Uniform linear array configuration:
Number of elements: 48
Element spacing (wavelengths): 0.75
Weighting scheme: kaiser
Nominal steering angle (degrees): -60
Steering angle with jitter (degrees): -61.918
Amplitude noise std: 0.05
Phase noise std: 0.05

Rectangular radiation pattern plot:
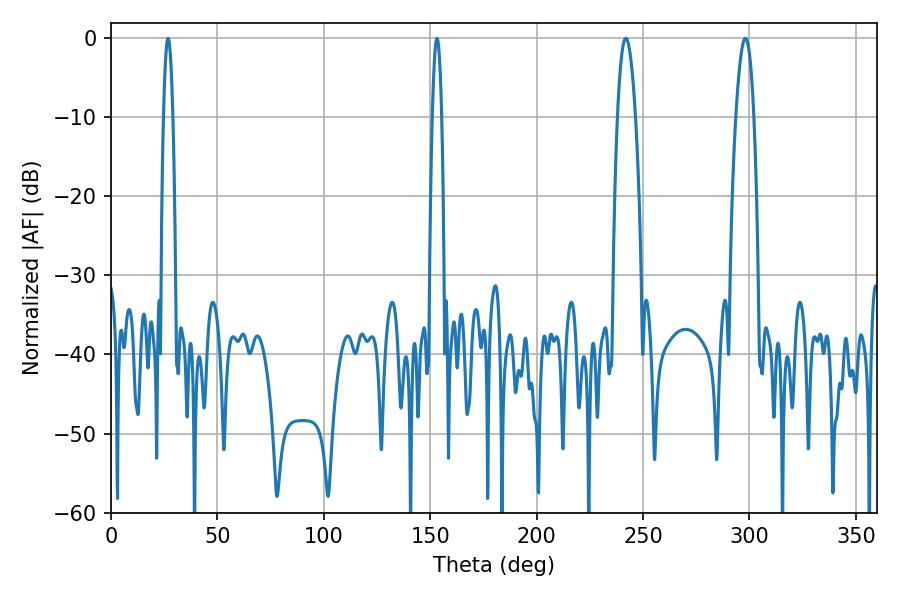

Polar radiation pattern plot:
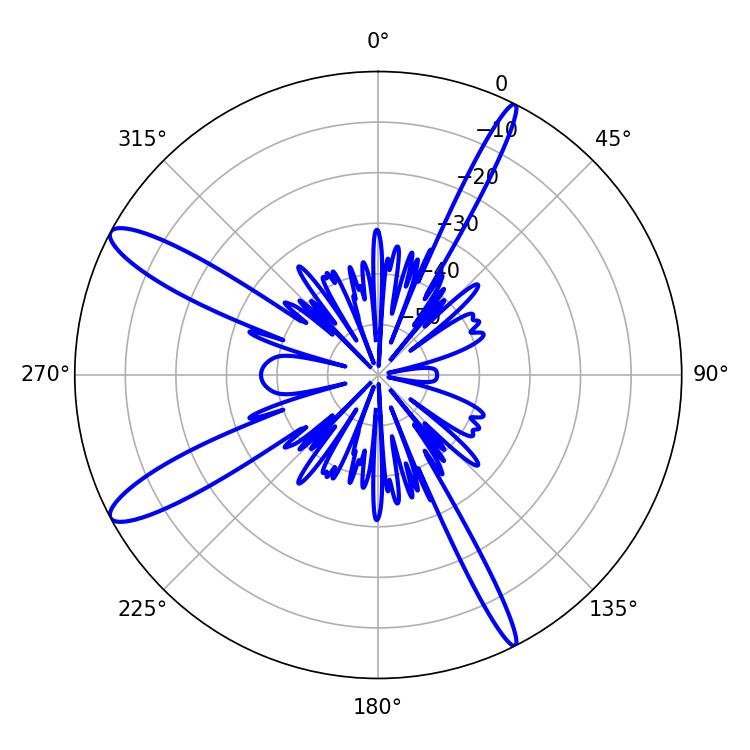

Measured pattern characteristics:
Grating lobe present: TRUE
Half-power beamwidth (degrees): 2.34
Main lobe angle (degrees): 26.82